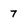
Character: 7